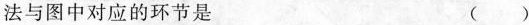
法与图中对应的环节是 ()